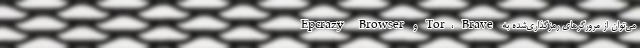
می‌توان از مرورگرهای رمزگذاری‌شده به Tor، Brave و Epcrazy Browser